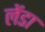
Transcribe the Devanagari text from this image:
लेंडा